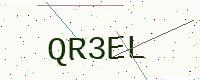
Text: QR3EL